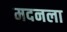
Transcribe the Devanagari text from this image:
मदनला